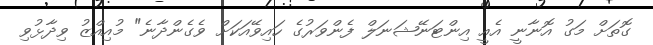
ގޮތަށް މަގު އޮނާނީ އެއީ އިންޓަނޭޝަނަލް ފެންވަރުގެ ހައިވޭއަކަށް ވެގެންދާނެ" މުއިއްޒު ވިދާޅުވި